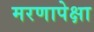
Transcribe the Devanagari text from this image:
मरणापेक्षा